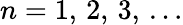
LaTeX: n=1,\, 2,\, 3,\, \ldots